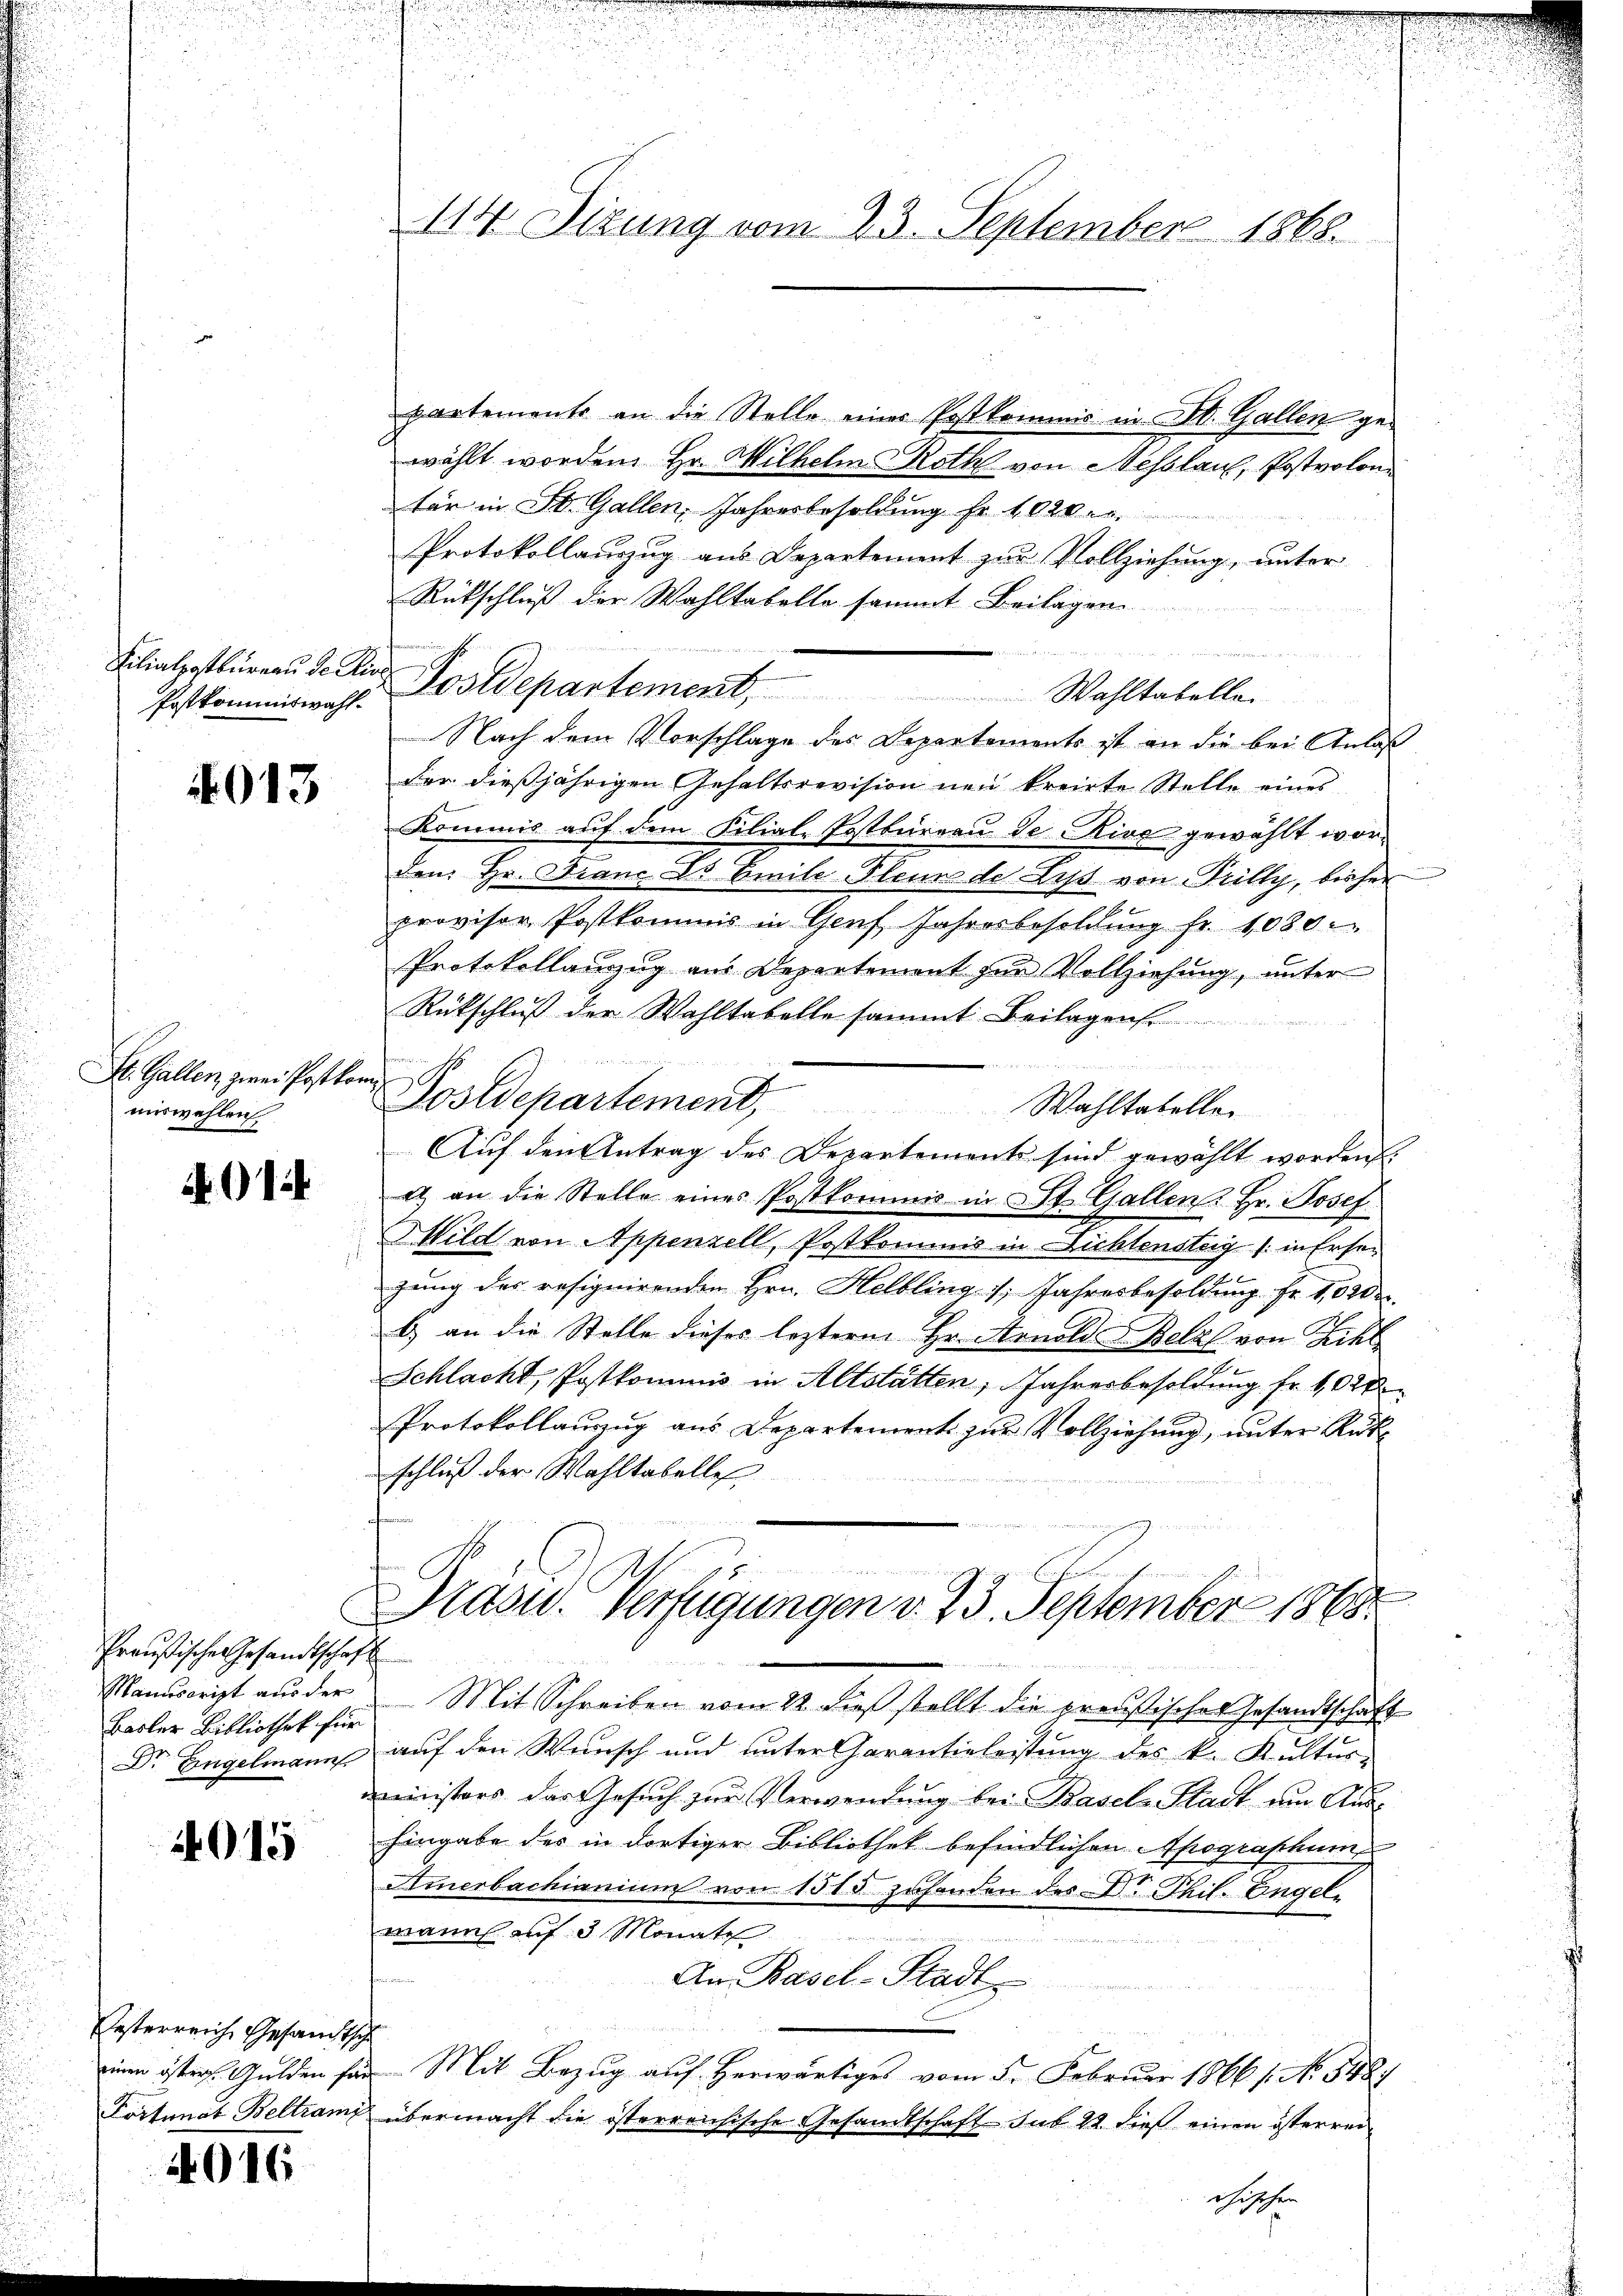
Filialpostbureau de Kinde

013

Sl. Gallen zwei Postkom
miswahlen

01

Preußische Gesandtschaft
Basler Bibliothek für

4015

Österreich Gesandtsche

4016

partements an die Stelle eines Postkommis in St. Gallen gewählt worden. Hr. Wilhelm Roth von Hesslau, Postvolon
tär in St. Gallen, Jahresbesoldung fr. 1020.r.
Protokollauszug aus Departement zur Vollziehung, unter
Rückschluß der Wahltabelle sammt Beilagen.

Postkommisst. Postdepartement. Wahltabelle.
Nach dem Vorschlage des Departements ist an die bei Anlaß
der dießjährigen Gehaltsrevision neu kreiste Stelle eines
Kommis auf dem Filial-Postbüreau de Rive gewählt worden Hr. Franc Ds Emile Flein der List von Trilly, bisher
provisor Postkommis in Genf Jahresbesoldung fr. 1080
Protokollanzug aus Departement zur Vollziehung, unter
Rückschluß der Wahltabelle sammt Beilagen
 B e
Postdepartement. Wahltateller
Auf den Antrag des Departements sind gewählt worden.
a) an die Stelle eines Postkommis in St. Gallen Hr. Josef
Wild von Appenzell, Postkommis in Lichtensteig (: in Ersezung des resignirenden Hrn. Helbling 1 Jahresbesoldung Fr. 10200.
b) an die Stelle dieses lezterm Hr. Arnold Belzl von Zihl
d
Schlacht, Postkommnis in Altstätten, Jahresbesoldung fr. 1020
Protokollauszug aus Departement zur Vollziehung, unter Rükschluß der Wahltabelles
Prasw. Verfügungen v. 23. September 1868.
255484
Manuscript aŭs der Mit Schreiben vom 22. dieβ stellt die preußisches Gesandtschaft
Dr. Engelmann auf den Wunsch und unter Garantieleistung des k. Kultur-
ministers das Gesuch zur Verwendung bei Basel-Stadt am Aushingabe des in dortiger Bibliothek befindlichen Apograschum
Fimerbachianium von 1515 zuhanden des Dr. Thil. Engels
mann auf 3 Monate
 Wetten
An Basel-Stadt
einen östers. Gulden für Mit Bezug auf herwärtiges vom 5. Februar 1866 s. No. 542.
Portunat Beltrami übermacht die österreichische Gesandtschaft sub 22. dieß einen österreichischen

114 Sizung vom 23. September 1868.

d